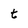
Character: t